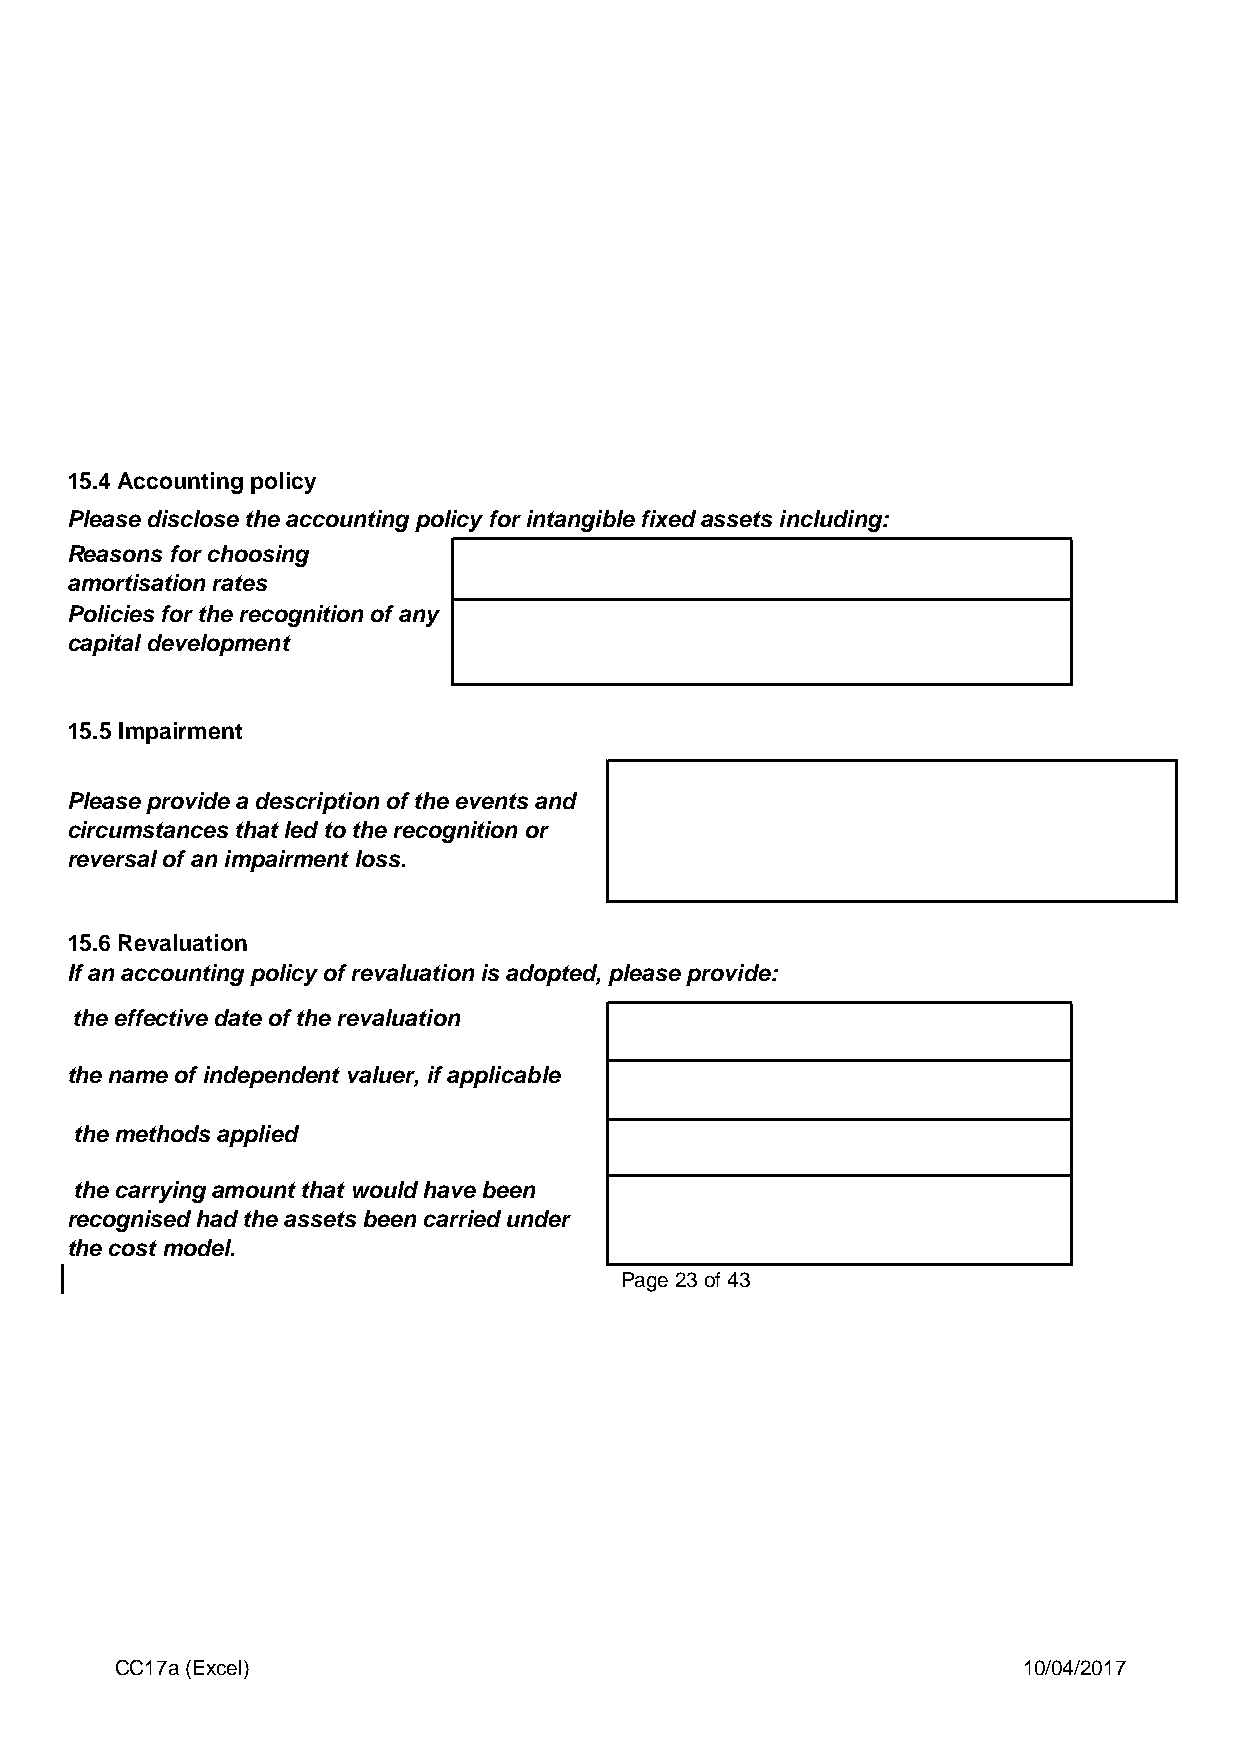
15.4 Accounting policy
 Please disclose the accounting policy for intangible fixed assets including:
 Reasons for choosing
 amortisation rates
 Policies for the recognition of any
 capital development
 15.5 Impairment
 Please provide a description of the events and
 circumstances that led to the recognition or
 reversal of an impairment loss.
 15.6 Revaluation
 If an accounting policy of revaluation is adopted, please provide:
 the effective date of the revaluation
 the name of independent valuer, if applicable
 the methods applied
 the carrying amount that would have been
 recognised had the assets been carried under
 the cost model.
 Page 23 of 43
 CC17a (Excel)                                               10/04/2017